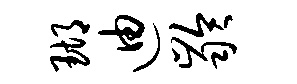
瑚迪龄